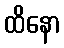
ထိနော